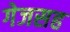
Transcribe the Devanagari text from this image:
गेजसह